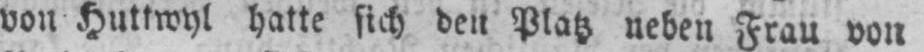
von Huttwyl hatte sich den Platz neben Frau von